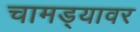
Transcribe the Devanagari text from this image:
चामड्यावर